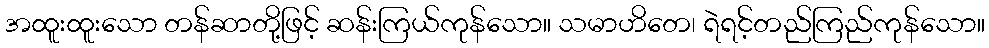
အထူးထူးသော တန်ဆာတို့ဖြင့် ဆန်းကြယ်ကုန်သော။ သမာဟိတေ၊ ရဲရင့်တည်ကြည်ကုန်သော။